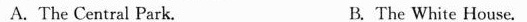
A.The Central Park. B.The White House.